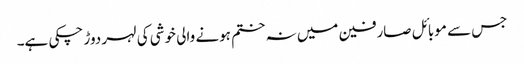
جس سے موبائل صارفین میں نہ ختم ہونے والی خوشی کی لہر دوڑ چکی ہے۔